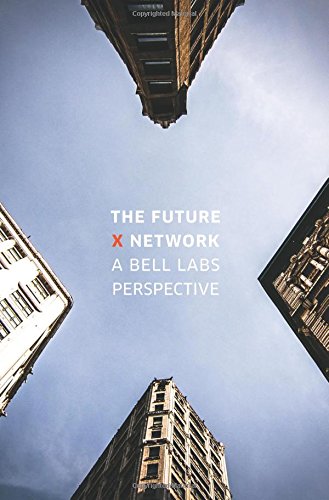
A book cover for The Future X Network: A Bell Labs Perspective; Marcus K. Weldon; Engineering & Transportation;